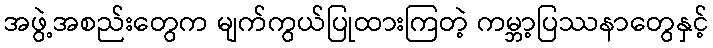
အဖွဲ့အစည်းတွေက မျက်ကွယ်ပြုထားကြတဲ့ ကမ္ဘာ့ပြဿနာတွေနှင့်